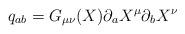
LaTeX: \begin{align*}q_{ab}=G_{\mu \nu }(X)\partial _{a}X^{\mu }\partial _{b}X^{\nu }\end{align*}